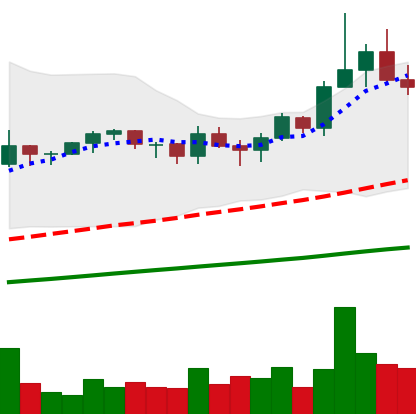
Ticker: TRX-USD
Chart end date: 2021-03-23
Forward return: 8.045%
Label: up_7plus